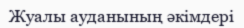
Жуалы ауданының әкімдері